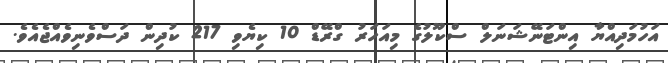
އަހުމަދިއްޔާ އިންޓަނޭޝަނަލް ސްކޫލުގެ މިއަހަރު ގްރޭޑް 10 ކިޔެވި 217 ކުދިން ދަސްވެނިވެއްޖެއެވެ.